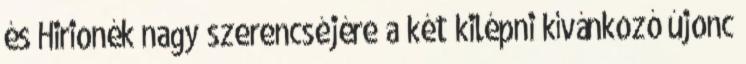
és Hirionék nagy szerencséjére a két kilépni kívánkozó újonc